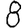
Digit: 8